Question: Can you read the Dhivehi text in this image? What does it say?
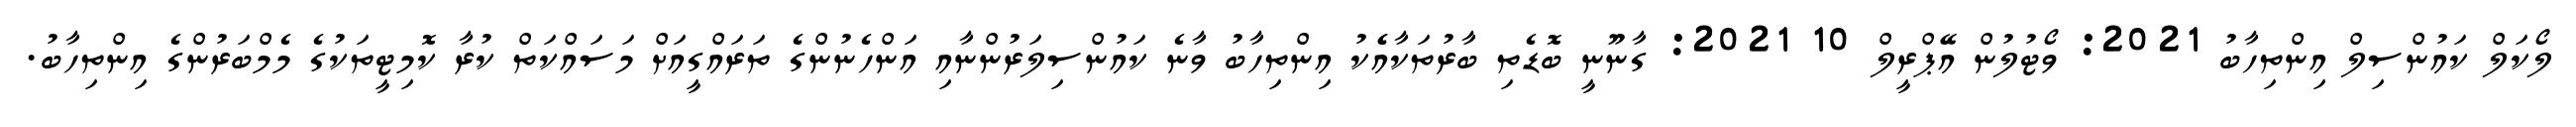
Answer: ލޯކަލް ކައުންސިލް އިންތިހާބު 2021: ވޯޓުލުން އޭޕްރީލް 10 2021: ގާނޫނީ ބޮޑެތި ބާރުތަކާއެެކު އިންތިހާބު ވާނެ ކައުންސިލަރުންނާއި އަންހެނުންގެ ތަރައްގީއަށް މަސައްކަތް ކުރާ ކޮމިޓީތަކުގެ މެމްބަރުންގެ އިންތިހާބު.